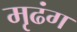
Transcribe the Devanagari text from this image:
मृढंग